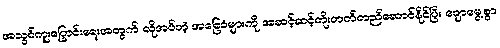
အသွင်ကူးပြောင်းရေးအတွက် လိုအပ်တဲ့ အခြေခံများကို အဆင့်ဆင့်တိုးတက်တည်ဆောင်နိုင်ပြီး ချောမွေ့စွာ